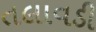
તલાવડી